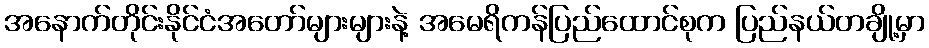
အနောက်တိုင်းနိုင်ငံအတော်များများနဲ့ အမေရိကန်ပြည်ထောင်စုက ပြည်နယ်တချို့မှာ